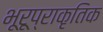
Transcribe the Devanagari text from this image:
भूरूप्राकृतिक